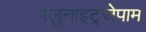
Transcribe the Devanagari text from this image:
फ्लुनाइट्रजेपाम